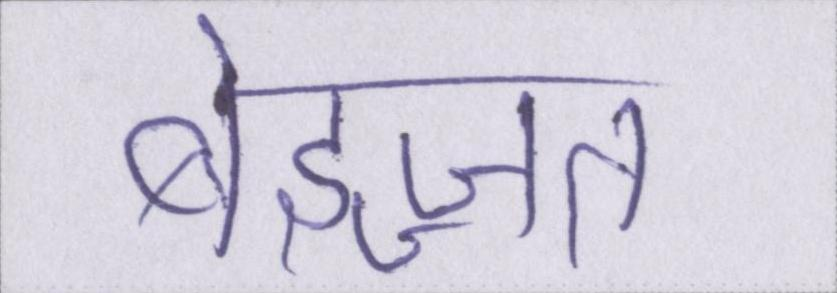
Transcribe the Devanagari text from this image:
बेइज्जत